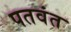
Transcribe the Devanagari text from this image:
पतवंत